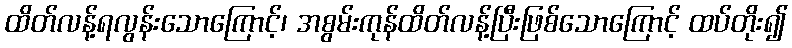
ထိတ်လန့်ရလွန်းသောကြောင့်၊ အစွမ်းကုန်ထိတ်လန့်ပြီးဖြစ်သောကြောင့် ထပ်တိုး၍